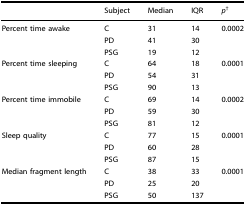
|  | Subject | Median | IQR | p† |
 | --- | --- | --- | --- | --- |
 | <ROWSPAN=3> Percent time awake | C | 31 | 14 | 0.0002 |
 | PD | 41 | 30 |  |
 | PSG | 19 | 12 |  |
 | <ROWSPAN=3> Percent time sleeping | C | 64 | 18 | 0.0001 |
 | PD | 54 | 31 |  |
 | PSG | 90 | 13 |  |
 | <ROWSPAN=3> Percent time immobile | C | 69 | 14 | 0.0002 |
 | PD | 59 | 30 |  |
 | PSG | 81 | 12 |  |
 | <ROWSPAN=3> Sleep quality | C | 77 | 15 | 0.0001 |
 | PD | 60 | 28 |  |
 | PSG | 87 | 15 |  |
 | <ROWSPAN=3> Median fragment length | C | 38 | 33 | 0.0001 |
 | PD | 25 | 20 |  |
 | PSG | 50 | 137 |  |